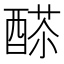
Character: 𨡸